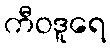
ကီဝဒူရေ